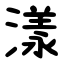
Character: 漾